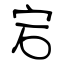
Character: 宕